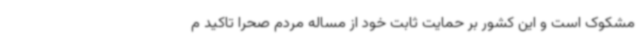
مشکوک است و این کشور بر حمایت ثابت خود از مساله مردم صحرا تاکید م